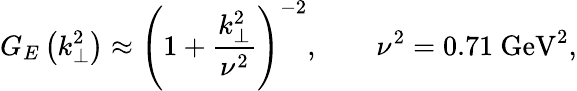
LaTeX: G_{E}\left(k_{\perp}^{2}\right)\approx\left(1+\frac{k_{\perp}^{2}}{\nu^{2}}\right)^{-2},\qquad\nu^{2}=0.71\mathrm{\ GeV^{2},}